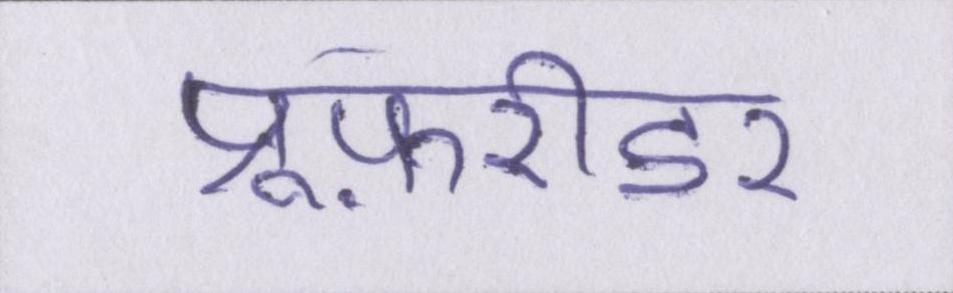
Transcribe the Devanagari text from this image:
प्रूफ़रीडर